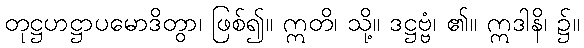
တုဋ္ဌဟဋ္ဌာပမောဒိတွာ၊ ဖြစ်၍။ ဣတိ၊ သို့။ ဒဋ္ဌဗ္ဗံ၊ ၏။ ဣဒါနိ၊ ၌။